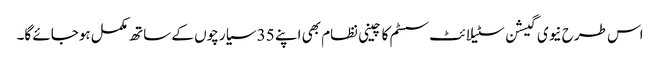
اس طرح نیوی گیشن سٹیلائٹ سسٹم کا چینی نظام بھی اپنے 35 سیارچوں کے ساتھ مکمل ہوجائے گا۔